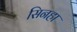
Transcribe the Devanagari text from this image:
सिनहा